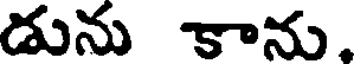
డును కాను.